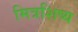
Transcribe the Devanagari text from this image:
मित्रशिष्य